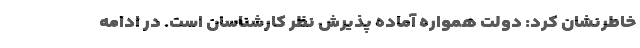
خاطرنشان کرد: دولت همواره آماده پذیرش نظر کارشناسان است. در ادامه